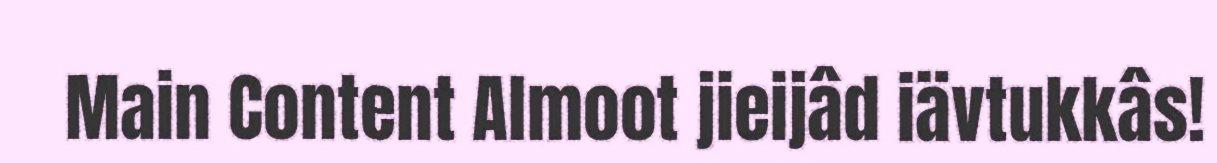
Main Content Almoot jieijâd iävtukkâs!